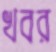
খবর